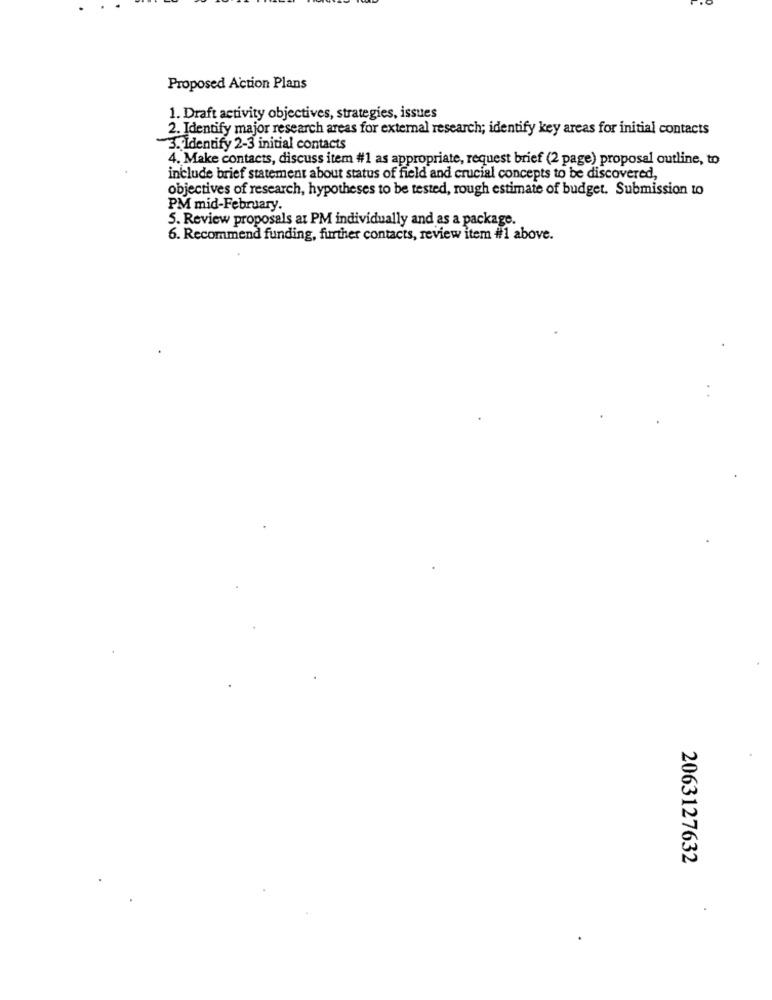
Proposed Action Plans
1. Draft activity objectives, strategies, issues
2. Identify major research areas for external research; identify key areas for initial contacts
3. Identify 2-3 initial contacts
4. Make contacts, discuss item #1 as appropriate, request brief (2 page) proposal outline, to
include brief statement about status of field and crucial concepts to be discovered,
objectives of research, hypotheses to be tested, rough estimate of budget. Submission to
PM mid-February.
5. Review proposals at PM individually and as a package.
6. Recommend funding, further contacts, review item #1 above.
2063127632